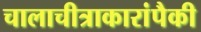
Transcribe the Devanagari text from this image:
चालाचीत्राकारांपैकी